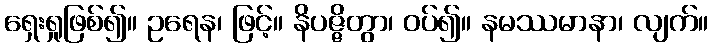
ရှေးရှုဖြစ်၍။ ဥရေန၊ ဖြင့်။ နိပဇ္ဇိတွာ၊ ဝပ်၍။ နမဿမာနာ၊ လျက်။